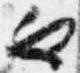
也